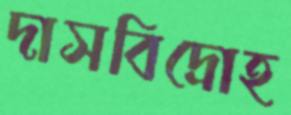
দাসবিদ্রোহ